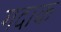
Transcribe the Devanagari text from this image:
गदाक